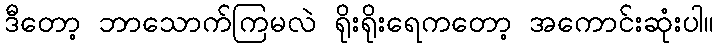
ဒီတော့ ဘာသောက်ကြမလဲ ရိုးရိုးရေကတော့ အကောင်းဆုံးပါ။